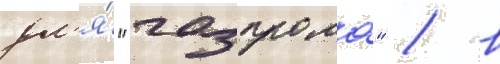
дл'я́ "газпрома" / в